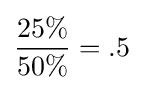
{\frac {25\%}{50\%}}=.5